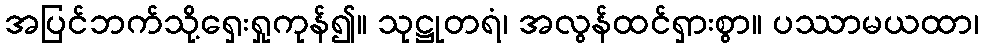
အပြင်ဘက်သို့ရှေးရှုကုန်၍။ သုဋ္ဌုတရံ၊ အလွန်ထင်ရှားစွာ။ ပဿာမယထာ၊